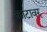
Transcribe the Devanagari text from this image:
काटावर्